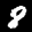
Label: 8